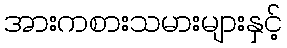
အားကစားသမားများနှင့်